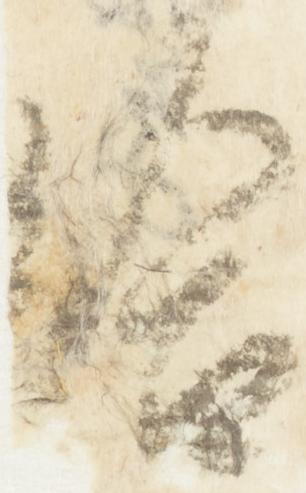
給